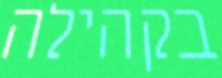
בקהילה